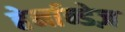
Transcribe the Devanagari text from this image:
हेर्नान्डेज़